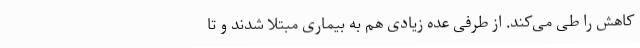
کاهش را طی می‌کند. از طرفی عده زیادی هم به بیماری مبتلا شدند و تا